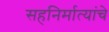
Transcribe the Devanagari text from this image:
सहनिर्मात्यांचे